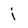
Character: j